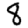
Digit: 8